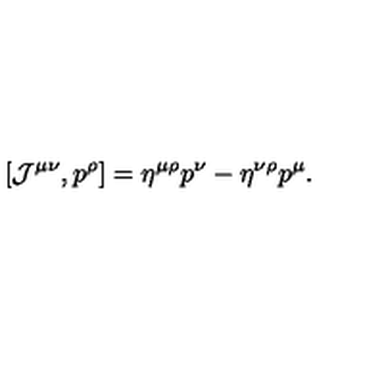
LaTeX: [ { \cal J } ^ { \mu \nu } , p ^ { \rho } ] = \eta ^ { \mu \rho } p ^ { \nu } - \eta ^ { \nu \rho } p ^ { \mu } .